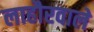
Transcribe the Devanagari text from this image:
लाहौरवाले